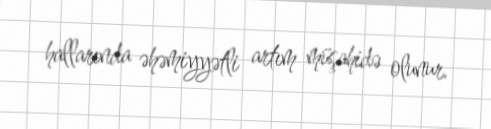
hallarında əhəmiyyətli artım müşahidə olunur.